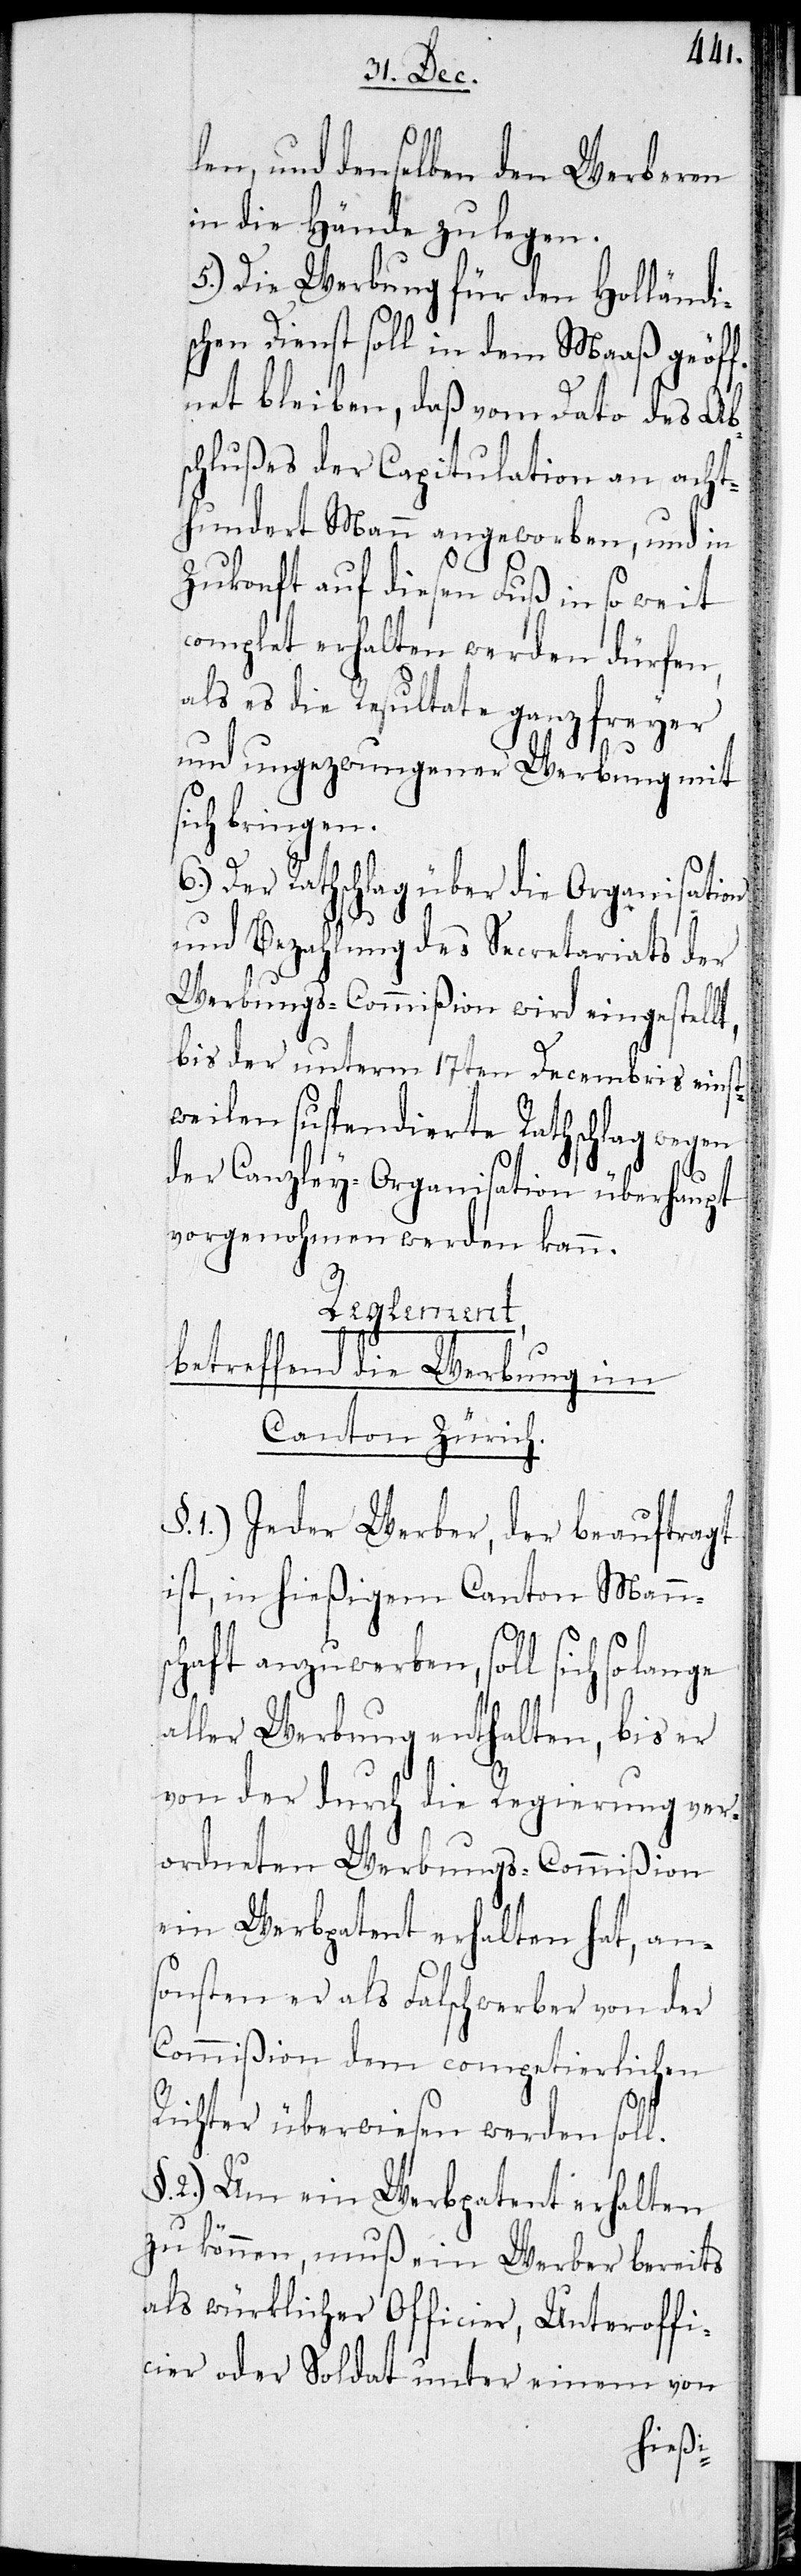
len und denselben den Werberen
in die Hände zu legen.
5.) Die Werbung für den Holländi¬
chen Dienst soll in dem Maaß geöff¬
net bleiben, daß vom Dato des Ab¬
schlußes der Capitulation an acht¬
hundert Mann angeworben, und in
Zukonft auf diesen Fuß in so weit
complet erhalten werden dürfen,
als es die Resultate ganz freyer
und ungezwungener Werbung mit
sich bringen.
6.) Der Rathschlag über die Organisation
und Bezahlung des Secretariats der
Werbungs-Commißion wird eingestellt,
bis der unterm 17ten Decembris einst¬
weilen suspendierte Rathschlag wegen
der Canzley-Organisation überhaupt
vorgenohmen werden kann.
Reglement
Betreffend die Werbung im
Canton Zürich.
1.) Jeder Werber, der beauftragt
ist, in hießigem Canton Manns¬
chaft anzuwerben, soll sich so
aller Werbung enthalten, bis er
von der durch die Regierung ver¬
ordneten Werbungs-Commißion
ein Werbpatent erhalten hat, an¬
sonsten er als Falschwerber von der
Commißion dem competierlichen
s¬
Richter überwiesen werden soll.
2.) Um ein Werbpatent erhalten
zu können, muß en Werber bereits
als würklicher Officier, Unteroffi¬
cier oder Soldat unter einem von